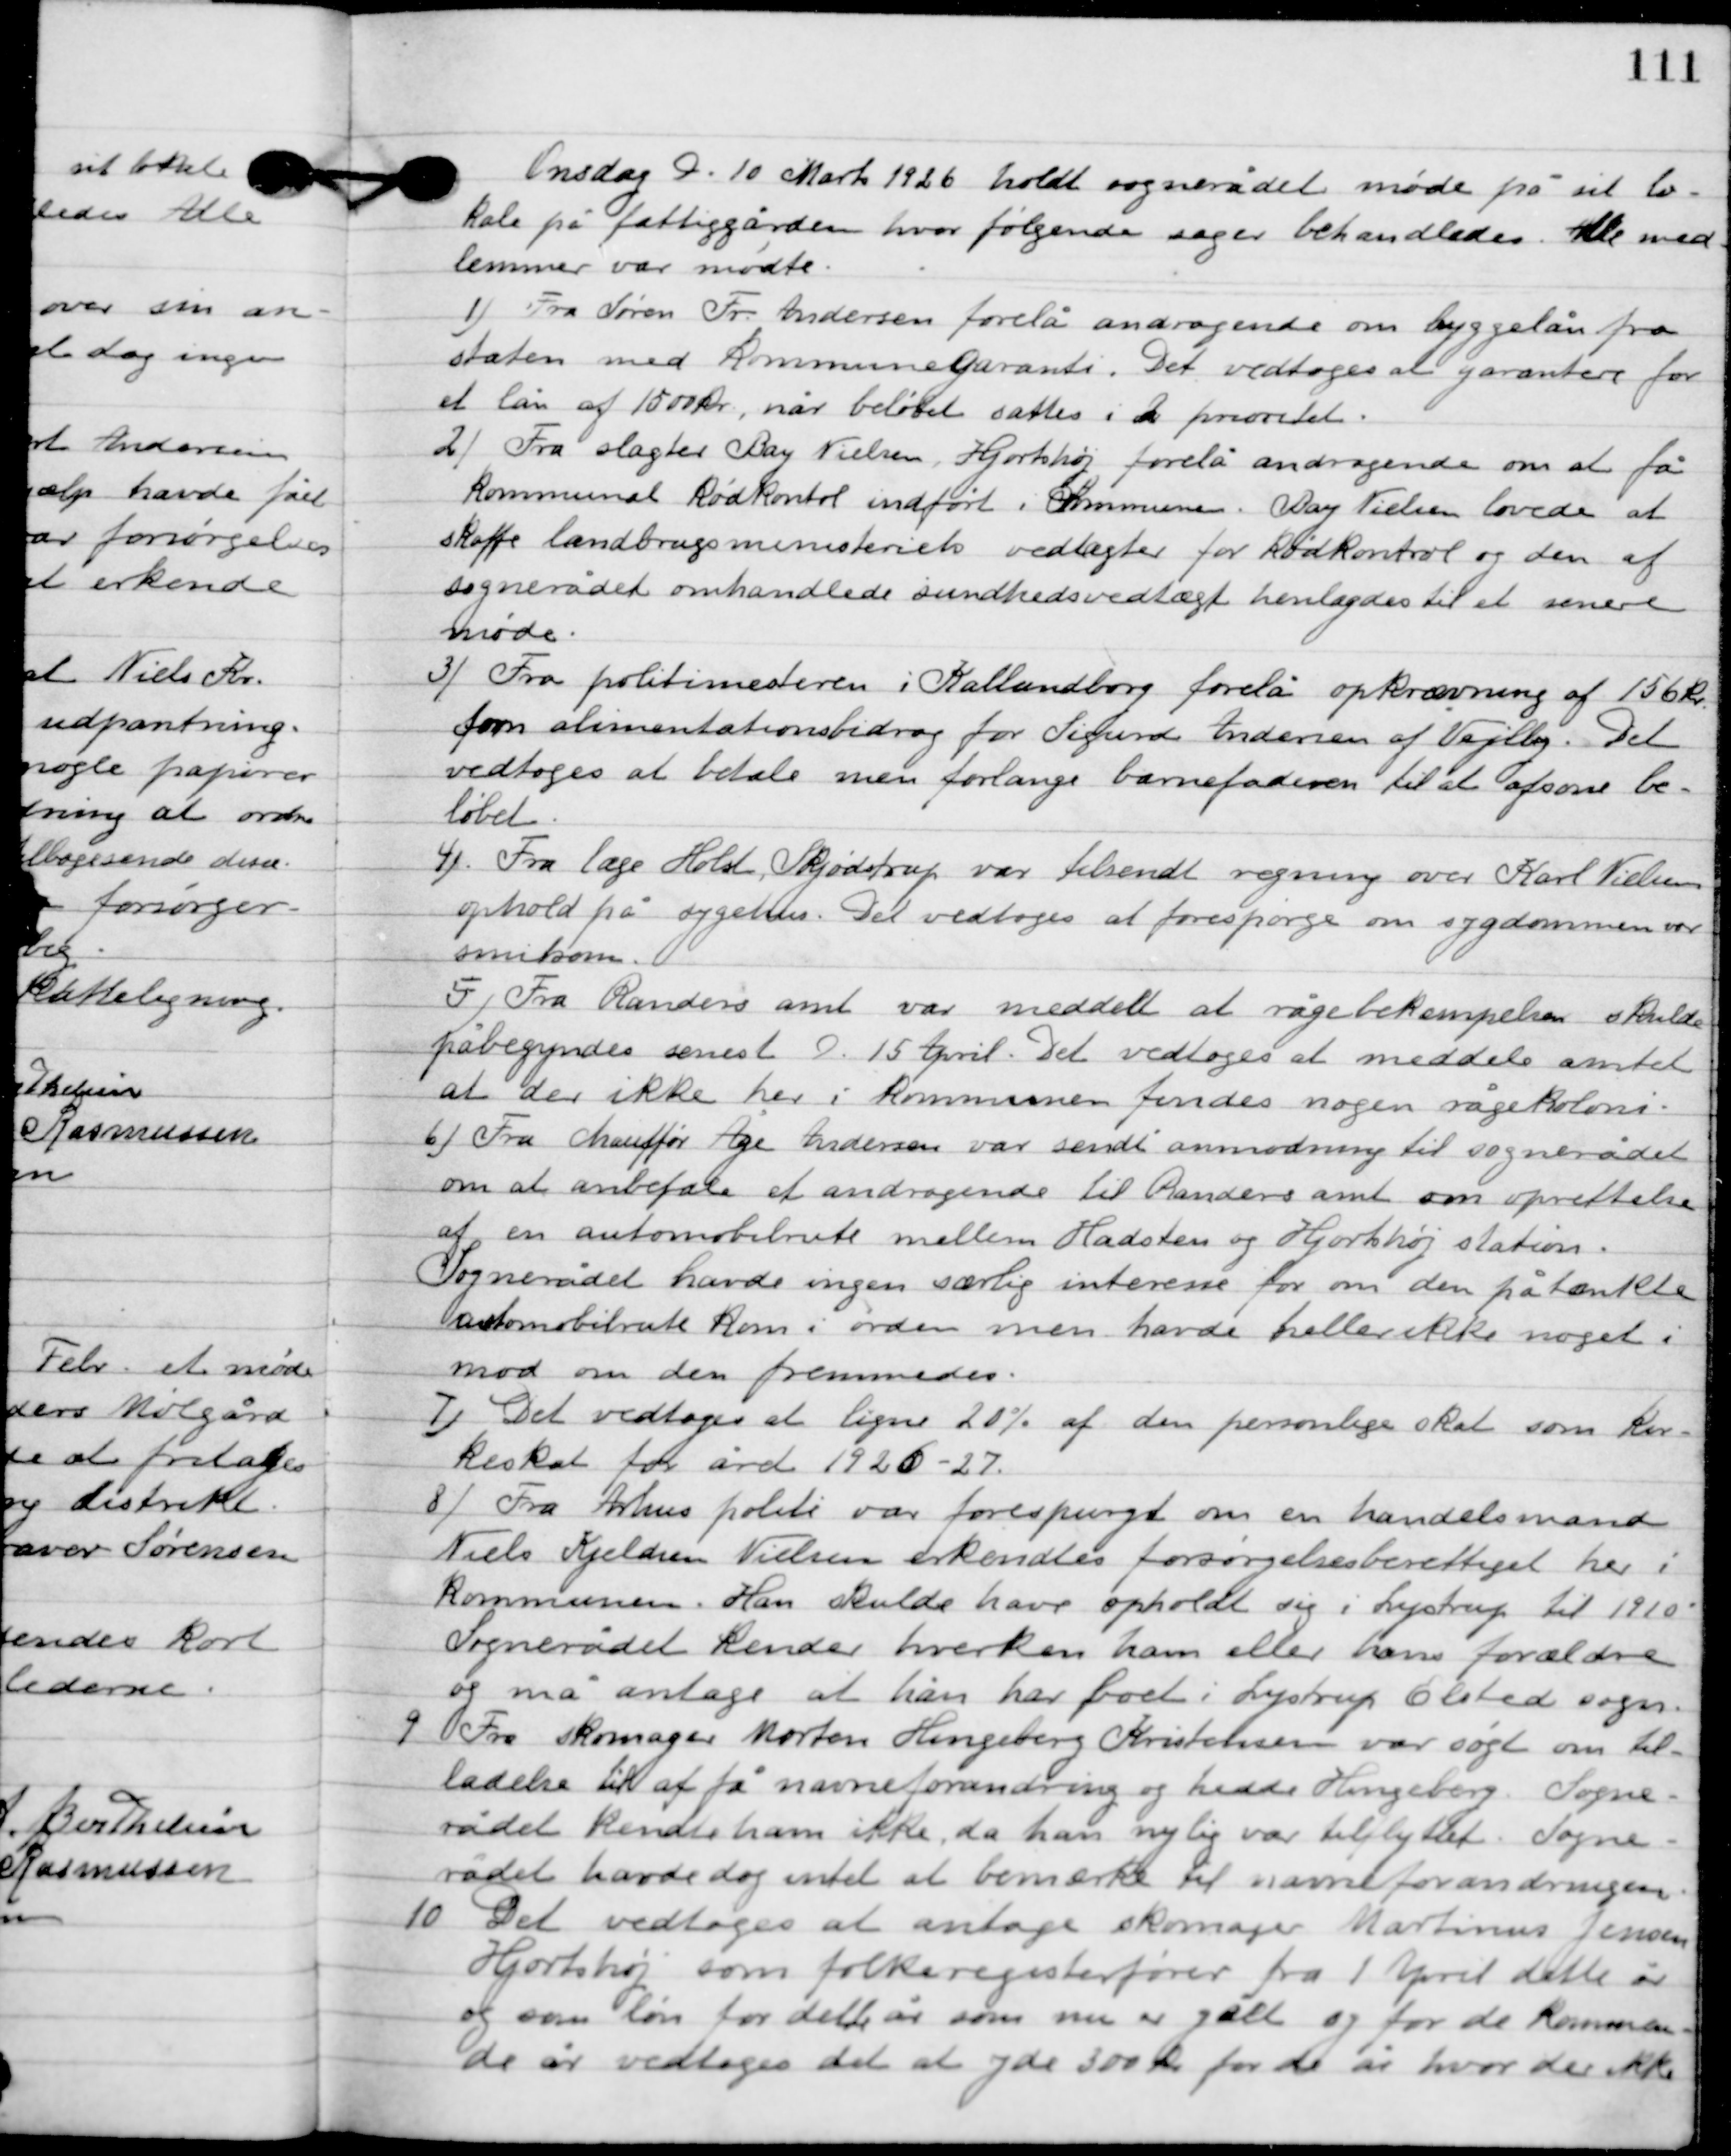
Transskription:
Onsdag D. 10. Marts 1926 holdt sognerådet møde på sit lo-
kale på fattiggården, hvor følgende sager behandledes. Alle med-
lemmer var mødte.

1

Fra Søren Fr. Andersen forelå andragende om byggelån fra
staten med kommunegaranti. Det vedtoges at garantere for
et lån af 1500 kr. når beløbet sattes i 2 prioritet.

2

Fra slagter Bay Nielsen Hjortshøj forelå andragende om at få
kommunal kødkontrol indført i Sommeren. Bay Nielsen lovede at
skaffe landbrugsministeriets vedtægter for kødkontrol og den af
sognerådets omhandlede sundhedsvedtægt henlagde til et senere
møde.

3

Fra politimesteren i Kalundborg forelå opkrævning af 156 kr.
som alimentationsbidrag for Sigurd Andersen af Vejlby. Det
vedtoges at betale men forlange barnefaderen til at afsone be-
løbet.

4

Fra læge Holst, Skjødstrup var tilsendt regning over Karl Nielsen
ophold på sygehus. Det vedtoges at forespørge om sygdommen var
smitsom.

5

Fra Randers amt var meddelt at rågebekæmelsen skulde
påbegyndes senest D. 15 April. Det vedtoges at meddele amtet
 at der ikke her i kommunen findes nogen rågekoloni.

6

Fra chauffør Åge Andersen var sendt anmodning til sognerådet
om at anbefale et andragende til Randers amt om oprettelse
af en automobilrute mellem Hadsten og Hjortshøj station.
Sognerådet have ingen særlig interesse for om den påtænkte
automobilrute kom i orden men havde heller ikke noget i
mod om den fremsendes.

7

Det vedtoges at ligne 20 % af den personlige skat som kir-
keskat for året 1926-27.

8

Fra Århus politi var forespurgt om en handelsmand
Niels Kjeldsen Nilsen erkendtes forsørgelsesberettiget her i
kommunen. Han skulde have opholdt sig i Lystrup til 1910.
Sognerådet kender hverken ham eller hans forældre
og må antage at han har boet i Lystrup Elsted sogn.

9

Fra skomager Morten Hingeberg Kristensen var søgt om til-
ladelse til at få navneforandring og hedde Hingsberg. Sogne-
rådet kendte ham ikke, da han nylig var tilflyttet. Sogne-
rådet havde dog intet at bemærke til navneforandringen.

10

Det vedtoges at antage skomager Martinus Jensen
Hjortshøj som folkeregisterfører fra 1. April dette år
og som løn for dette år som nu er gælt og for de kommen-
de år vedtoges det at yde 300 kr. for de år hvor der ikke